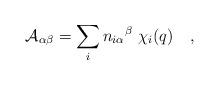
LaTeX: \begin{align*}{\cal A}_{\alpha\beta} = \sum_i {n_{i\alpha}}^{\beta}\ \chi_i(q)\quad,\end{align*}